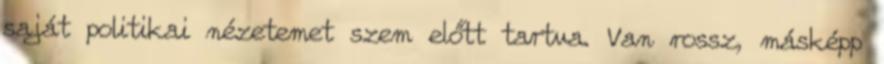
saját politikai nézetemet szem előtt tartva. Van rossz, másképp